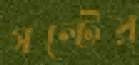
সল্টের